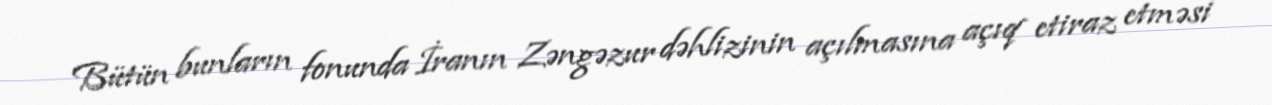
Bütün bunların fonunda İranın Zəngəzur dəhlizinin açılmasına açıq etiraz etməsi